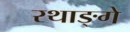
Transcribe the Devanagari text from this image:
रथाङ्गे